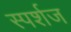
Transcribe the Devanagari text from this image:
स्पर्शज